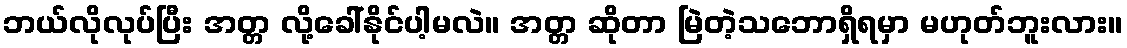
ဘယ်လိုလုပ်ပြီး အတ္တ လို့ခေါ်နိုင်ပါ့မလဲ။ အတ္တ ဆိုတာ မြဲတဲ့သဘောရှိရမှာ မဟုတ်ဘူးလား။